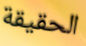
الحقيقة